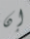
إن